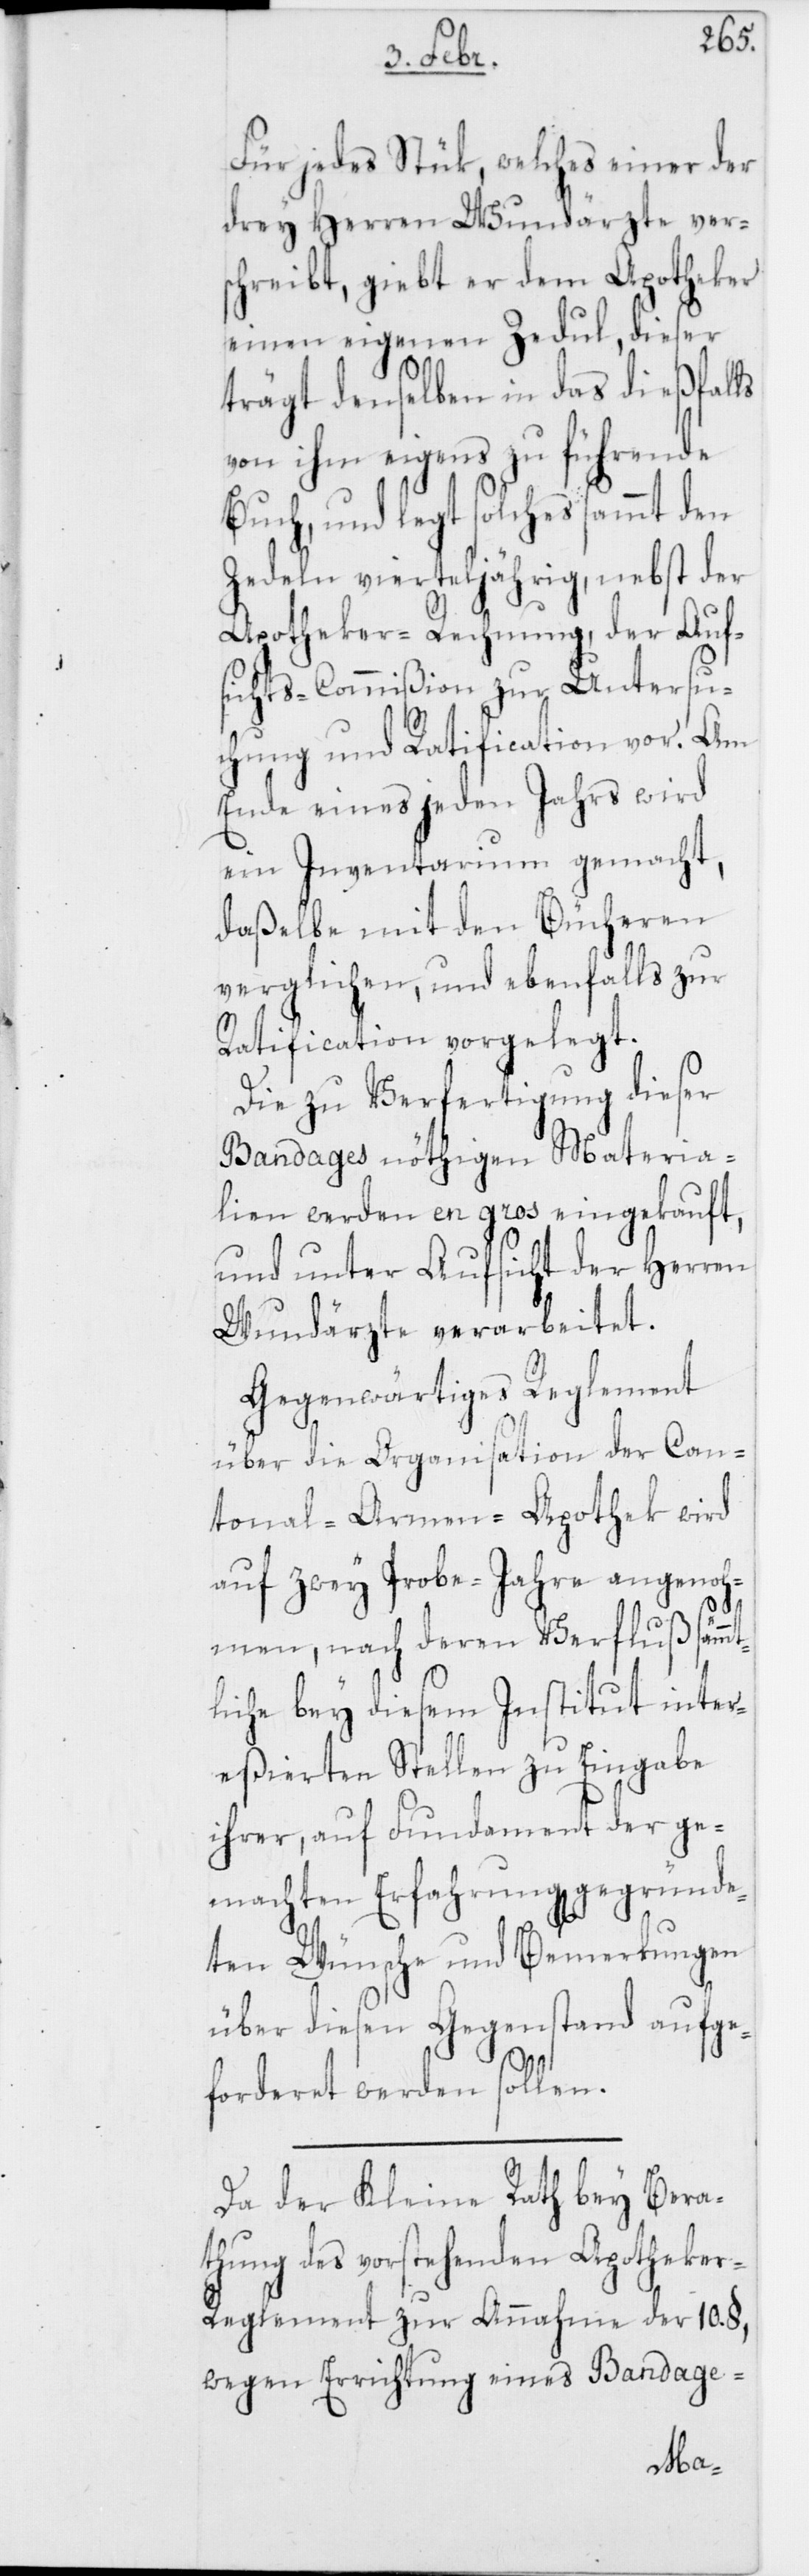
Für jedes Stük, welches einer der
drey Herren Wundärzte ver¬
schreibt, giebt er dem Apotheker
einen eigenen Zedul, dieser
trägt denselben in das dießfalls
von ihm eigens zu führende
Buch, und legt solches sammt den
Zedeln vierteljährig, nebst der
Apotheker-Rechnung, der Auf¬
sichts-Commißion zur Untersu¬
chung und Ratification vor. Am
Ende eines jeden Jahrs wird
ein Inventarium gemacht,
daßelbe mit den Bücheren
verglichen, und ebenfalls zur
Ratification vorgelegt.
Die zu Verfertigung dieser
Bandages nöthigen Materia¬
lien werden en gros eingekauft,
und unter Aufsicht der Herren
Wundärzte verarbeitet.
Gegenwärtiges Reglement
über die Organisation der Can¬
tonal-Armen-Apothek wird
auf zwey Probe-Jahre angenoh¬
men, nach deren Verfluß sämm¬
tliche bey diesem Institut inter¬
eßierten Stellen zu Eingabe
ihrer, auf Fundament der ge¬
machten Erfahrung, gegründe¬
ten Wünsche und Bemerkungen
über diesen Gegenstand aufge¬
forderet werden sollen.
Da der Kleine Rath bey Bera¬
thung des vorstehenden Apotheke¬
r-Reglement zur Annahme der 1. §,
wegen Errichtung eines Bandage-